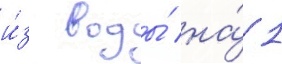
и́з воды́ на́ 1